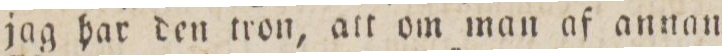
jag har den tron, att om man af annan